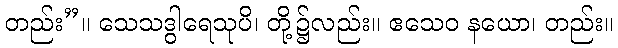
တည်း”။ သေသဒွါရေသုပိ၊ တို့၌လည်း။ ဧသေဝ နယော၊ တည်း။